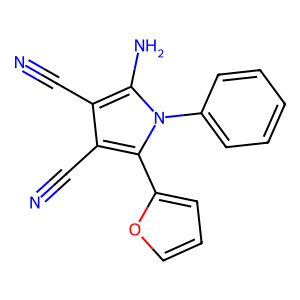
SMILES: N#Cc1c(C#N)c(-c2ccco2)n(-c2ccccc2)c1N
Inhibits HIV replication: No